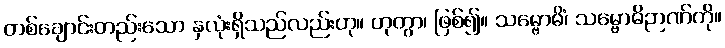
တစ်ချောင်းတည်းသော နှလုံးရှိသည်လည်းဟု။ ဟုတွာ၊ ဖြစ်၍။ သမ္ဗောဓိံ၊ သမ္ဗောဓိဉာဏ်ကို။